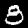
Label: 8